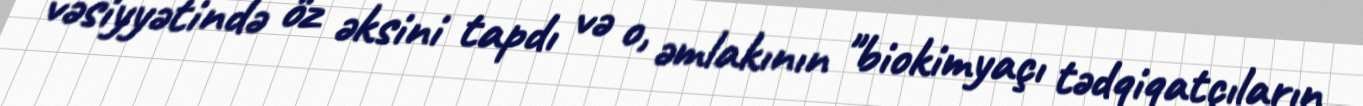
vəsiyyətində öz əksini tapdı və o, əmlakının "biokimyaçı tədqiqatçıların